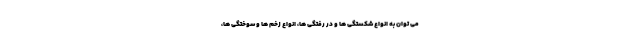
می توان به انواع شکستگی ها و در رفتگی ها، انواع زخم ها و سوختگی ها،